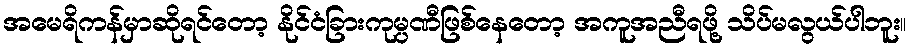
အမေရိကန်မှာဆိုရင်တော့ နိုင်ငံခြားကုမ္ပဏီဖြစ်နေတော့ အကူအညီရဖို့ သိပ်မလွယ်ပါဘူး။